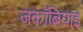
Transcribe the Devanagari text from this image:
जकॉबियाइ